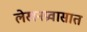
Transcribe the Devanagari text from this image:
लेखनप्रवासात